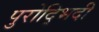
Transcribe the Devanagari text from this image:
पुरोद्भिदी